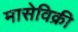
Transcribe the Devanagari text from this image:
मासेविक्री